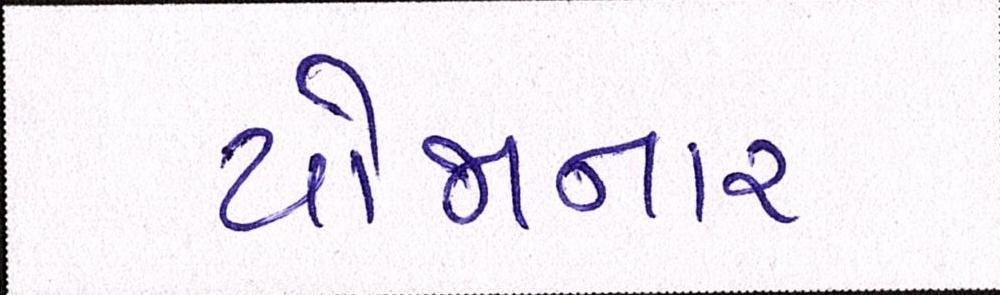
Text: યોજાનાર